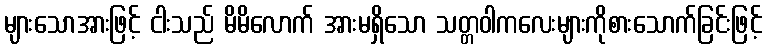
များသောအားဖြင့် ငါးသည် မိမိလောက် အားမရှိသော သတ္တဝါကလေးများကိုစားသောက်ခြင်းဖြင့်